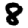
Digit: 8